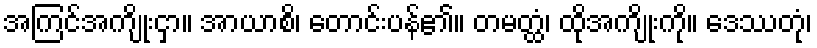
အကြင်အကျိုးငှာ။ အာယာစိ၊ တောင်းပန်၏။ တမတ္ထံ၊ ထိုအကျိုးကို။ ဒေဿတုံ၊